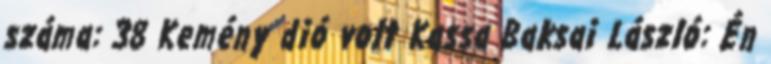
száma: 38 Kemény dió volt Kassa Baksai László: Én